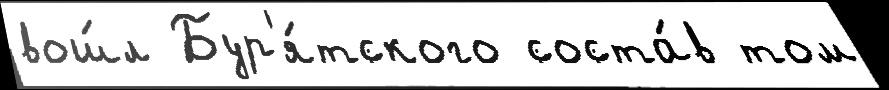
вош́л Бур'я́тского соста́в том